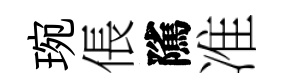
琬倀隲准